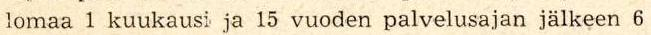
lomaa 1 kuukausi ja 15 vuoden palvelusajan jälkeen 6